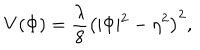
V ( \Phi ) = \frac { \lambda } { 8 } \left( \vert \Phi \vert ^ { 2 } - \eta ^ { 2 } \right) ^ { 2 } ,